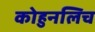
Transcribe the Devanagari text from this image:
कोहुनलिच